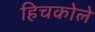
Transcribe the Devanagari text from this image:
हिचकोले